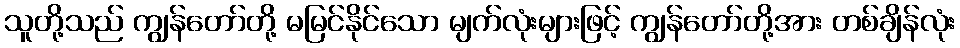
သူတို့သည် ကျွန်တော်တို့ မမြင်နိုင်သော မျက်လုံးများဖြင့် ကျွန်တော်တို့အား တစ်ချိန်လုံး